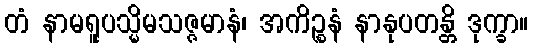
တံ နာမရူပသ္မိမသဇ္ဇမာနံ၊ အကိဉ္စနံ နာနုပတန္တိ ဒုက္ခာ။